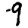
Digit: 9